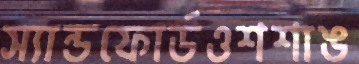
স্যান্ডফোর্ডওশশাঙ